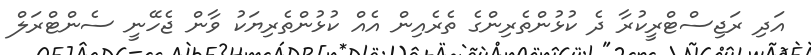
އަދި ރަޖިސްޓްރީކުރާ ދެ ކުޅުންތެރިންގެ ތެރެއިން އެއް ކުޅުންތެރިޔަކު ވާން ޖެހޭނީ ސެންޓްރަލް